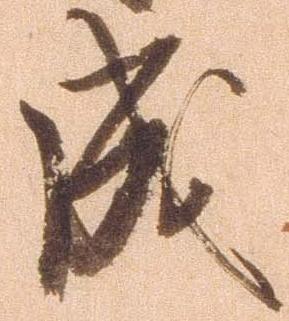
成